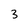
Character: 3